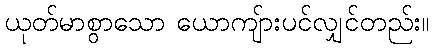
ယုတ်မာစွာသော ယောကျ်ားပင်လျှင်တည်း။